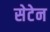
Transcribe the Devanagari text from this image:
सेटेन